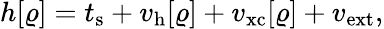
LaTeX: \begin{array}{l}{{\displaystyle h[\varrho]=t_{\mathrm{s}}+v_{\mathrm{h}}[\varrho]+v_{\mathrm{xc}}[\varrho]+v_{\mathrm{ext}}},}\end{array}